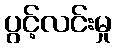
ပွင့်လင်းမှု